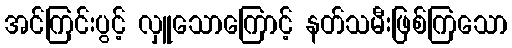
အင်ကြင်းပွင့် လှူသောကြောင့် နတ်သမီးဖြစ်ကြသော